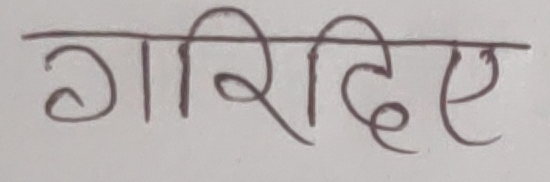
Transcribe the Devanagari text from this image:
गरिदिए